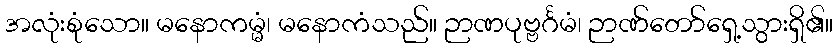
အလုံးစုံသော။ မနောကမ္မံ၊ မနောကံသည်။ ဉာဏပုဗ္ဗင်္ဂမံ၊ ဉာဏ်တော်ရှေ့သွားရှိ၏။